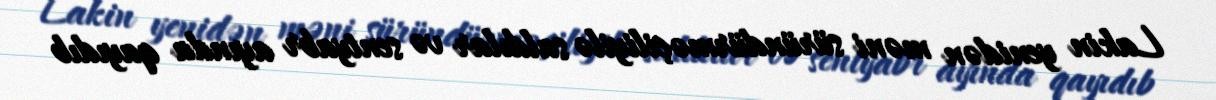
Lakin yenidən məni süründürməçiliyilə saldılar və sentyabr ayında qayıdıb